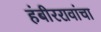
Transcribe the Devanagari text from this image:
हंबीररावांचा